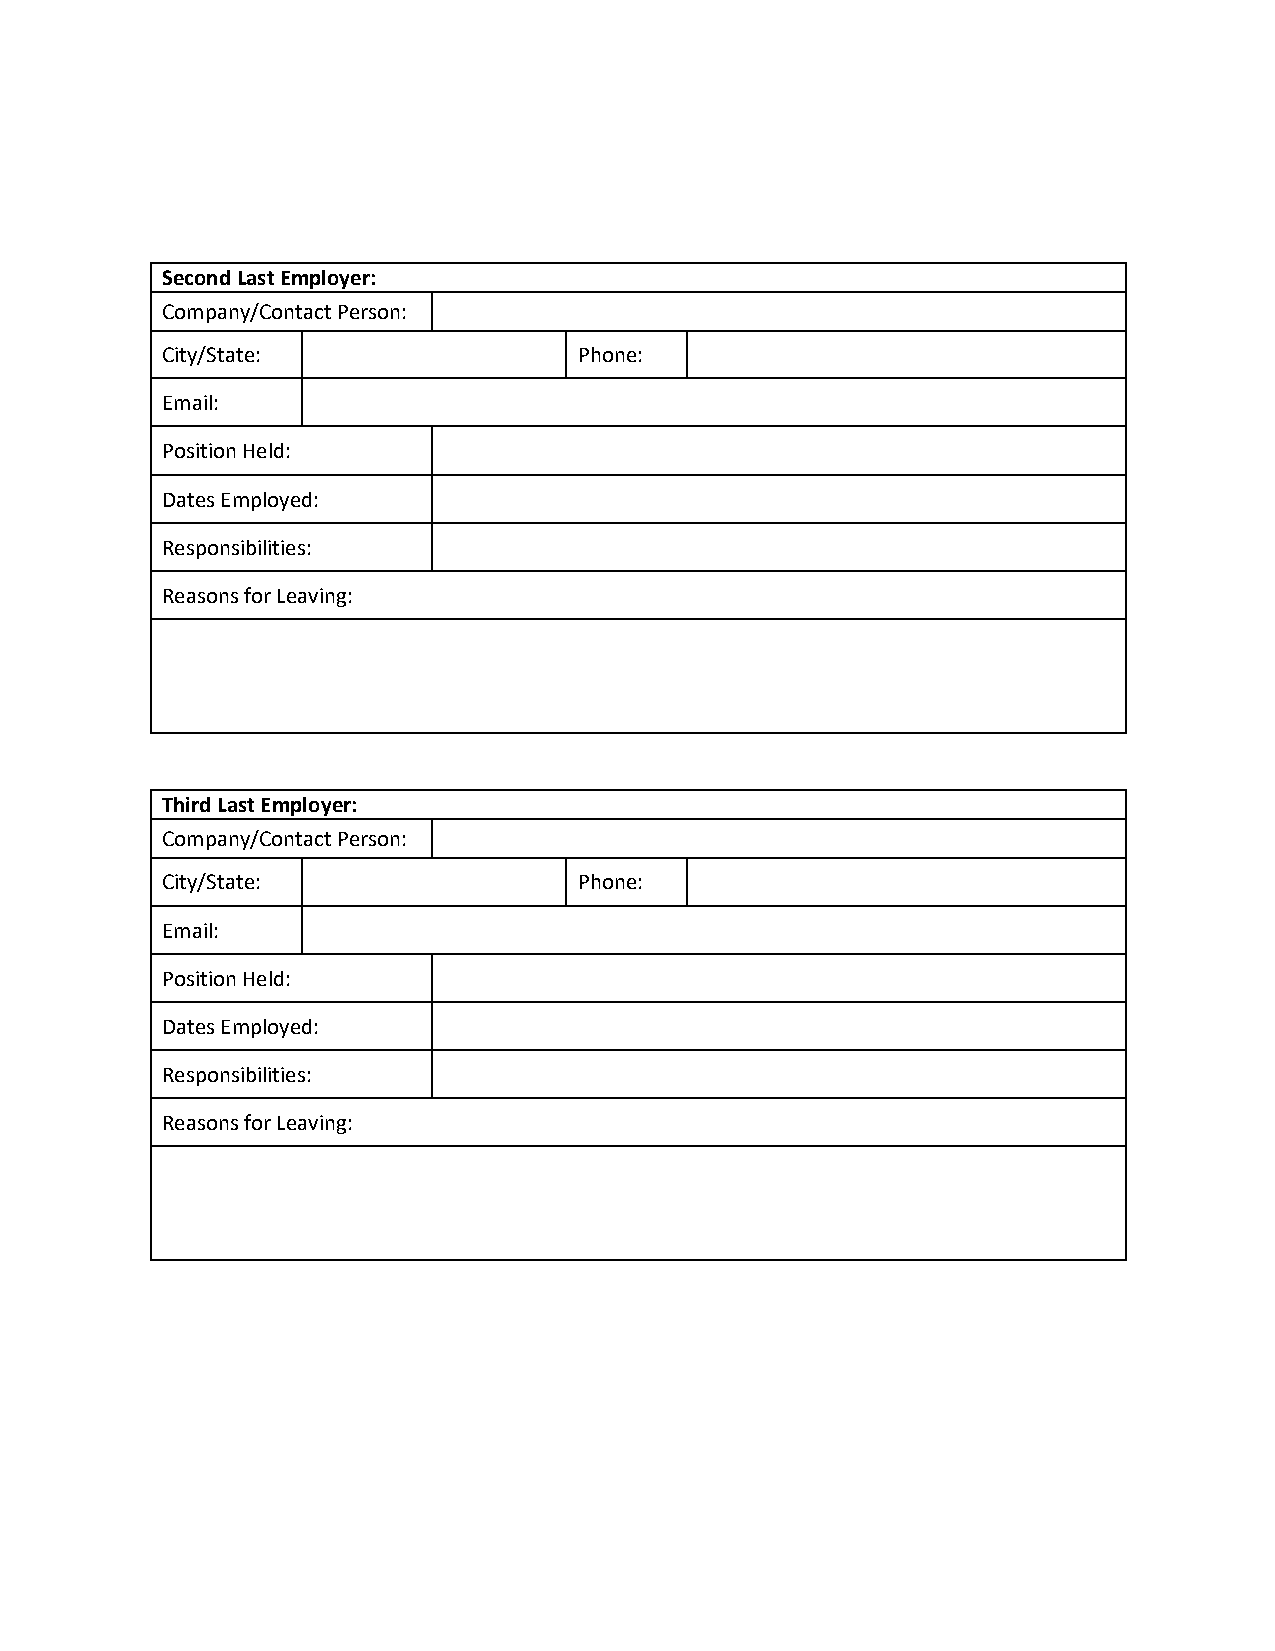
Second Last Employer:
 Company/Contact Person:
 City/State:                Phone:
 Email:
 Position Held:
 Dates Employed:
 Responsibilities:
 Reasons for Leaving:
 Third Last Employer:
 Company/Contact Person:
 City/State:                Phone:
 Email:
 Position Held:
 Dates Employed:
 Responsibilities:
 Reasons for Leaving: